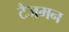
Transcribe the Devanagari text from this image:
टैजमन